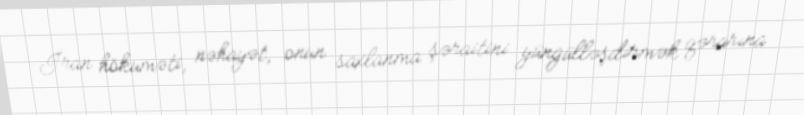
İran hökuməti, nəhayət, onun saxlanma şəraitini yüngülləşdirmək qərarına